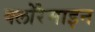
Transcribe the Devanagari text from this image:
क्लोरैमाइन